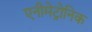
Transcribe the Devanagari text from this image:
एनीमेट्रोनिक